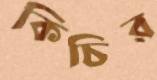
কিচির